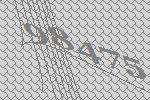
98475